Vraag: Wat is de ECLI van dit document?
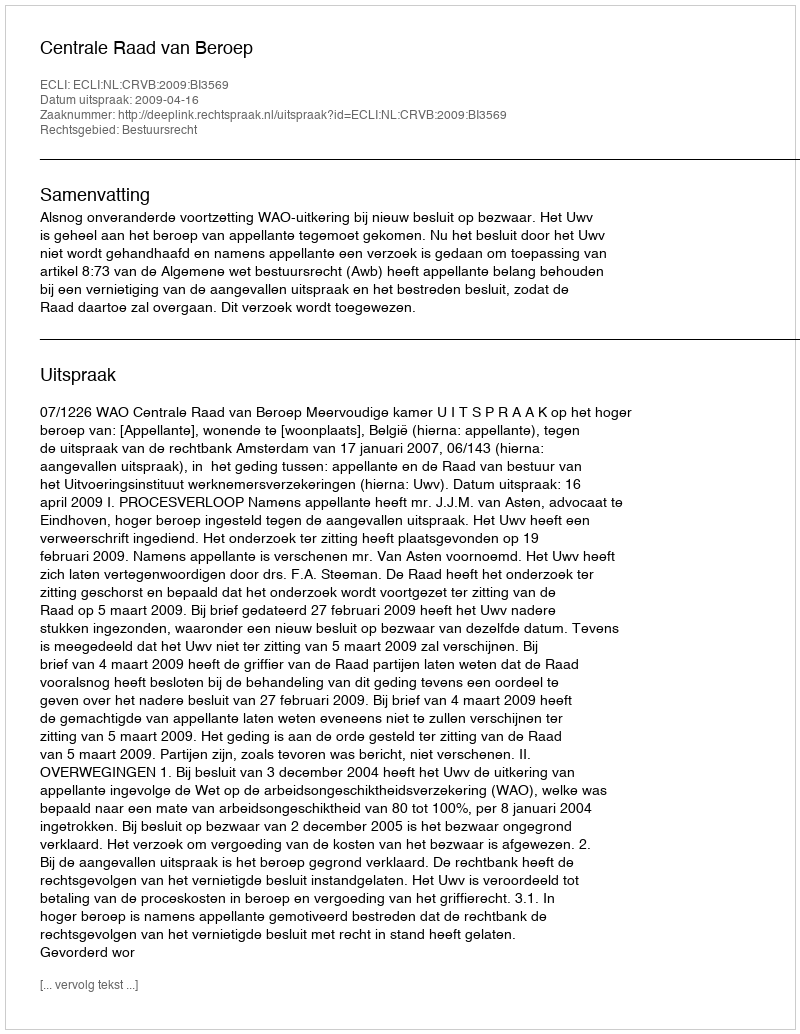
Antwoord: ECLI:NL:CRVB:2009:BI3569